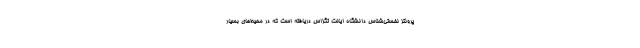
پروئتز نخستی‌شناس دانشگاه ایالت تگزاس دریافته است که در محیط‌های بسیار